Medical and sanitary report of the native army of Bengal for the year
Year: 1874
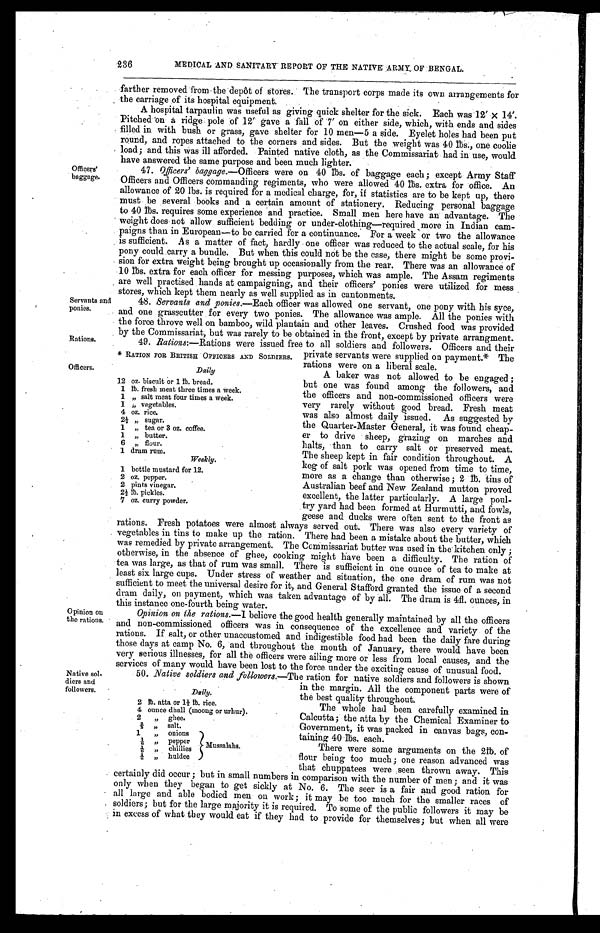
Servants and
ponies.
Rations.
‫٭‬ RATION FOR BRITISH OFFICERS AND SOLDIERS.
Daily
12 oz. biscuit or 1 lb. bread.
1 lb. fresh meat three times a week.
1 „ salt meat four times a week.
1 ,, vegetables.
4 oz. rice.
2 1 / 2
„ sugar.
1 „ tea or 3 oz. coffee.
1 „ butter.
6 „ flour.
1 dram rum.
Weekly.
1 bottle mustard for 12.
2 oz. pepper.
2 pints vinegar.
2 1/2 lb. pickles.
7 oz. curry powder.
2 lb. atta or 1 1/2 lb. rice.
4 ounce dhall (moong or urhur).
2
, ,
ghee.
2 / 3 „ salt.
1
„ onions
Mussalahs.
1 / 6
, , pepper
1 / 6
, , chillies
1 / 6 „ huldee
236
MEDICAL AND SANITARY REPORT OF THE NATIVE ARMY OF BENGAL.
Officers'
baggage.
farther removed from the depôt of stores. The transport corps made its own arrangements for
the carriage of its hospital equipment.
A hospital tarpaulin was useful as giving quick shelter for the sick. Each was 12' x 14'.
Pitched on a ridge pole of 12' gave a fall of 7' on either side, which, with ends and sides
filled in with bush or grass, gave shelter for 10 men—5 a side. Eyelet holes had been put
round, and ropes attached to the corners and sides. But the weight was 40 lbs., one coolie
load ; and this was ill afforded. Painted native cloth, as the Commissariat had in use, would
have answered the same purpose and been much lighter.
47. Officers' baggage.— Officers were on 40 lbs. of baggage each ; except Army Staff
Officers and Officers commanding regiments, who were allowed 40 1bs. extra for office. An
allowance of 20 lbs. is required for a medical charge, for, if statistics are to be kept up, there
must be several books and a certain amount of stationery. Reducing personal baggage
to 40 lbs. requires some experience and practice. Small men here have an advantage. The
weight does not allow sufficient bedding or under-clothing—required more in Indian cam-
paigns than in European—to be carried for a continuance. For a week or two the allowance
is sufficient. As a
matter of fact, hardly one officer was reduced to the actual scale, for his
pony could carry a bundle. But when this could not be the case, there might be some provi-
sion for extra weight being brought up occasionally from the rear. There was an allowance of
10 lbs. extra for each officer for messing purposes, which was ample. The Assam regiments
are well practised hands at campaigning, and their officers' ponies were utilized for mess
stores. which kept them nearly as well supplied as in cantonments.
48. Servants and ponies.— Each officer was allowed one servant, one pony with his syce,
and one grasscutter for every two ponies. The allowance was ample. All the ponies with
the force throve well on bamboo, wild plantain and other leaves. Crushed food was provided
by the Commissariat. but was rarely to be obtained in the front, except by Private arrangment.
49. Rations :—Rations were issued free to all soldiers and followers. Officers and their
Officers.
private servants were supplied on payment. ‫٭‬ The
rations were on a liberal scale.
A baker was not allowed to be engaged ;
but one was found among the followers, and
the officers and non-commissioned officers were
very rarely without good bread. Fresh meat
was also almost daily issued. As suggested by
the Quarter-Master General, it was found cheap-
er to drive sheep, grazing on marches and
halts, than to carry salt or preserved meat.
The sheep kept in fair condition throughout. A
keg of salt pork was opened from time to time,
more as a change than otherwise ; 2 lb. tins of
Australian beef and New Zealand mutton proved
excellent, the latter particularly. A large poul-
try yard had been formed at Hurmutti, and fowls,
geese and ducks were often sent to the front as
Opinion on
the rations.
rations. Fresh potatoes were almost always served out. There was also every variety of
vegetables in tins to make up the ration. There had been a mistake about the butter, which
was remedied by private arrangement. The Commissariat butter was used in the kitchen only ;
otherwise, in the absence of ghee, cooking might have been a difficulty. The ration of
tea was large, as that of rum was small. There is sufficient in one ounce of tea to make at
least six large cups. Under stress of weather and situation, the one dram of rum was not
sufficient to meet the universal desire for it, and General Stafford granted the issue of a second
dram daily, on payment, which was taken advantage of by all. The dram is 4fl. ounces, in
this instance one-fourth being water.
Opinion on the rations.—I believe the good health generally maintained by all the officers
and non-commissioned officers was in consequence of the excellence and variety of the
rations. If salt, or other unaccustomed and indigestible food had been the daily fare during
those days at camp No. 6, and throughout the month of January, there would have been
very serious illnesses, for all the officers were ailing more or less from local causes, and the
services of many would have been lost to the force under the exciting cause of unusual food.
Native sol-
diers and
followers.
50. Native soldiers and followers.— The ration for native soldiers and followers is shown
in the margin. All the component parts were of
the best quality throughout.
The whole had been carefully examined in
Calcutta ; the atta by the Chemical Examiner to
Government, it was packed in canvas bags, con-
taining 40 lbs. each.
There were some arguments on the 21b. of
flour being too much ; one reason advanced was
that chuppatees were seen thrown away. This
certainly did occur ; but in small numbers in comparison with the number of men ; and it was
only when they began to get sickly at No. 6. The seer is a fair and good ration for
all large and able bodied men on work ; it may be too much for the smaller races of
soldiers ; but for the large majority it is required. To some of the public followers it may be
in excess of what they would eat if they had to provide for themselves ; but when all were